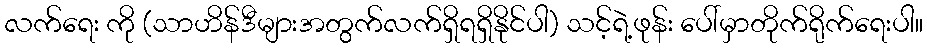
လက်ရေး ကို (သာဟိန်ဒီများအတွက်လက်ရှိရရှိနိုင်ပါ) သင့်ရဲ့ဖုန်း ပေါ်မှာတိုက်ရိုက်ရေးပါ။